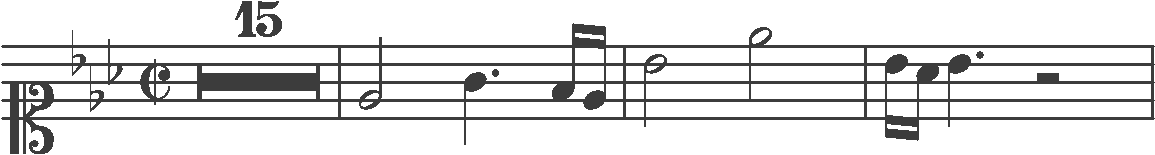
Transcription: clef-C1 keySignature-EbM timeSignature-C/ multirest-15 barline note-Eb4_half note-G4_quarter. note-F4_sixteenth note-Eb4_sixteenth barline note-Bb4_half note-Eb5_half barline note-Bb4_sixteenth note-Ab4_sixteenth note-Bb4_quarter. rest-half barline